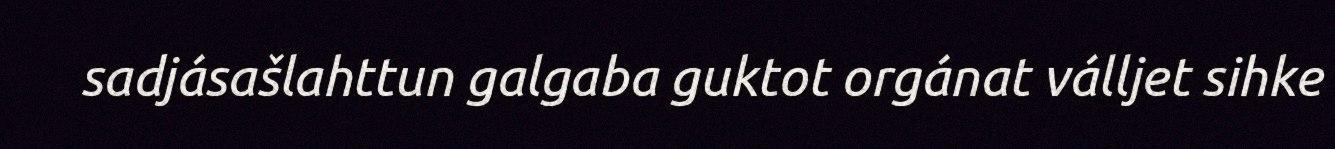
sadjásašlahttun galgaba guktot orgánat válljet sihke